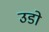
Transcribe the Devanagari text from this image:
उडो